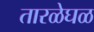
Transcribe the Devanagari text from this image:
तारळेघळ